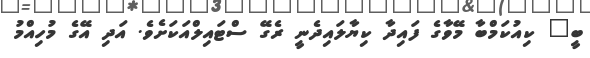
ބީ" ކިއުކަމްބާ މޭވާގެ ފައިދާ ކިޔާލައިދެނީ ރެގޭ ސްޓައިލްއަކަށެވެ. އަދި އޭގެ މުހިއްމު